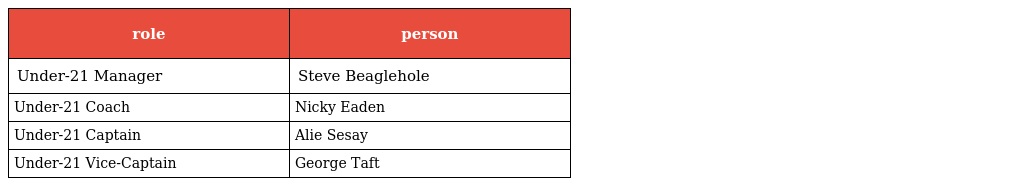
| role | person |
 | --- | --- |
 | Under-21 Manager | Steve Beaglehole |
 | Under-21 Coach | Nicky Eaden |
 | Under-21 Captain | Alie Sesay |
 | Under-21 Vice-Captain | George Taft |